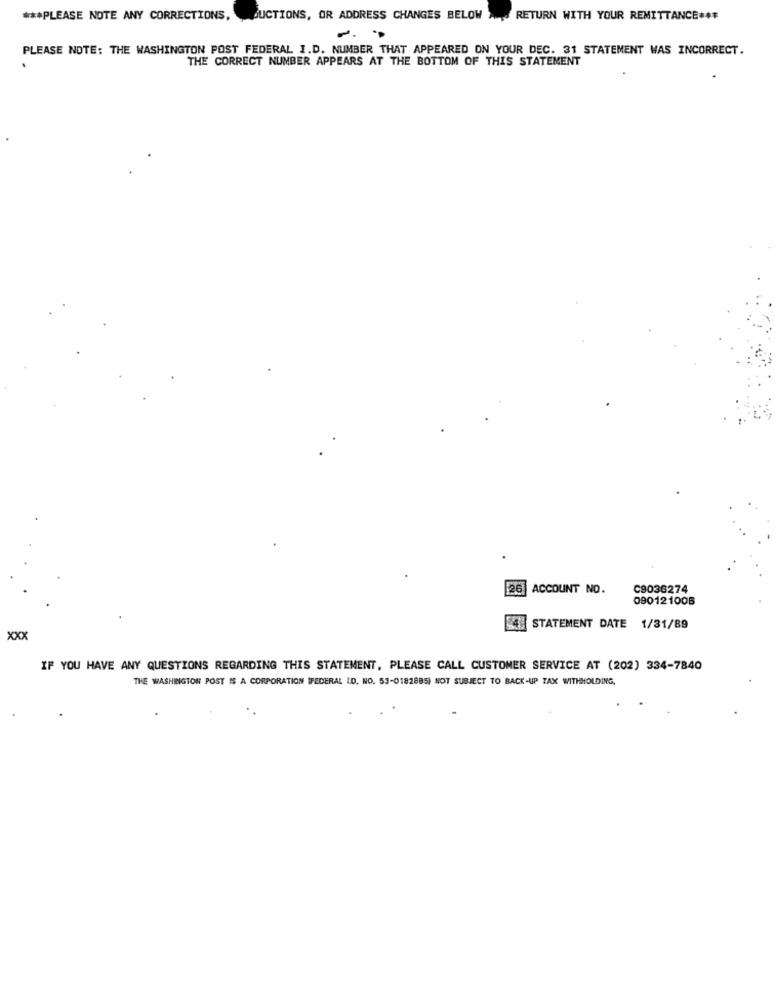
*** PLEASE NOTE ANY CORRECTIONS, DUCTIONS, OR ADDRESS CHANGES BELOW
A RETURN WITH YOUR REMITTANCE###
P.
.D
PLEASE NOTE: THE WASHINGTON POST FEDERAL I.D. NUMBER THAT APPEARED ON YOUR DEC. 31 STATEMENT WAS INCORRECT.
THE CORRECT NUMBER APPEARS AT THE BOTTOM OF THIS STATEMENT
26 ACCOUNT NO.
C9036274
090121006
4. STATEMENT DATE 1/31/89
xxx
IF YOU HAVE ANY QUESTIONS REGARDING THIS STATEMENT, PLEASE CALL CUSTOMER SERVICE AT (202) 334-7840
THE WASHINGTON POST IS A CORPORATION (FEDERAL LD, NO. 53-0182885) NOT SUBJECT TO BACK-UP TAX WITHHOLDING.